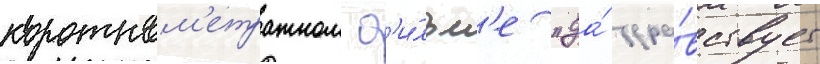
коротком'етражном ф'и́льм'е "да́ здра́вствует